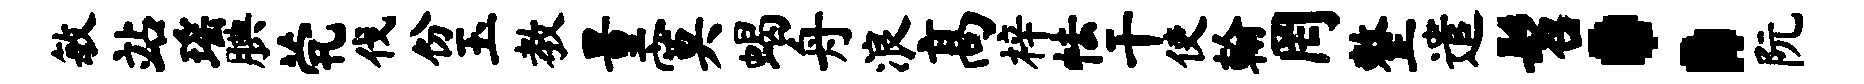
敏站瑶腆茕伐份玉教量寞蝎舟浪高梓怯干使翰罔整遣髫：阮